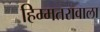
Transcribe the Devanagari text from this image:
हिम्मतरावाला